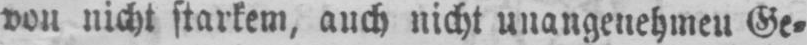
von nicht starkem, auch nicht unangenehmen Ge⸗